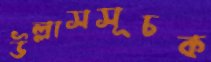
উল্লাসসূচক